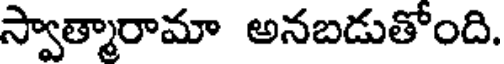
స్వాత్మారామా అనబడుతోంది.